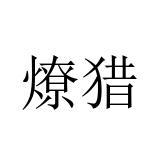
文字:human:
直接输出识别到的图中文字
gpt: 燎猎